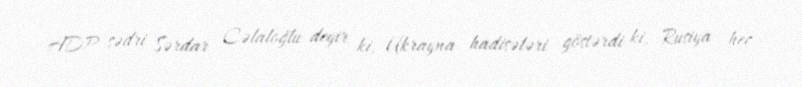
ADP sədri Sərdar Cəlaloğlu deyir ki, Ukrayna hadisələri göstərdi ki, Rusiya heç